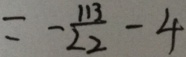
= - \frac { 1 1 3 } { 2 2 } - 4